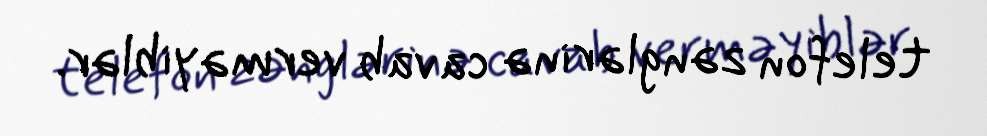
telefon zənglərinə cavab verməyiblər.